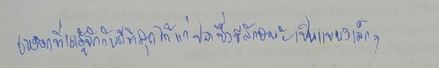
เหงือกที่เรารู้จักกันดีที่สุดได้แก่ปลาซึ่งมีลักษณะเป็นแขนงเล็กๆ